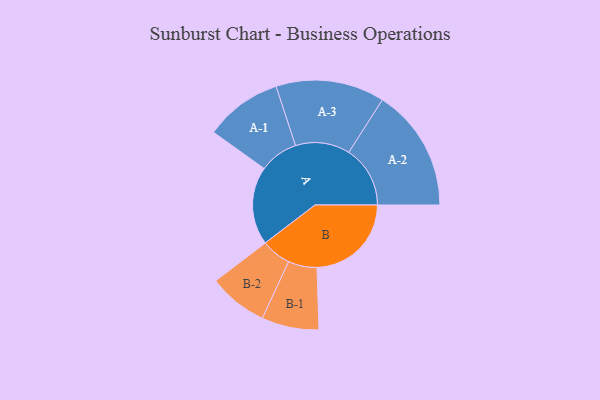
{"axis": {"x": "Segment", "y": "Value"}, "legend": ["", "A", "B"], "data": [{"x": "A", "y": 379, "type": ""}, {"x": "B", "y": 458, "type": ""}, {"x": "A-1", "y": 188, "type": "A"}, {"x": "A-2", "y": 298, "type": "A"}, {"x": "A-3", "y": 264, "type": "A"}, {"x": "B-1", "y": 139, "type": "B"}, {"x": "B-2", "y": 144, "type": "B"}]}